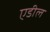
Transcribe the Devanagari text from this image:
एडील